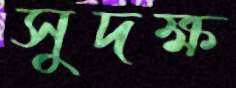
সুদক্ষ